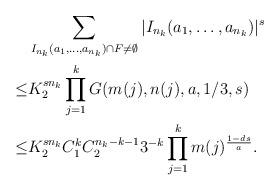
LaTeX: \begin{align*}&\sum_{ I_{n_k}(a_1,\ldots,a_{n_k})\cap F\neq\emptyset} |I_{n_k}(a_1,\ldots,a_{n_k})|^{s}\\ \leq &K_2^{sn_k}\prod_{j=1}^k G(m(j),n(j),a,1/3,s) \\\leq & K_2^{sn_k} C_1^k C_2^{n_k-k-1} 3^{-k} \prod_{j=1}^k m(j)^{{1-ds \over a}}.\end{align*}